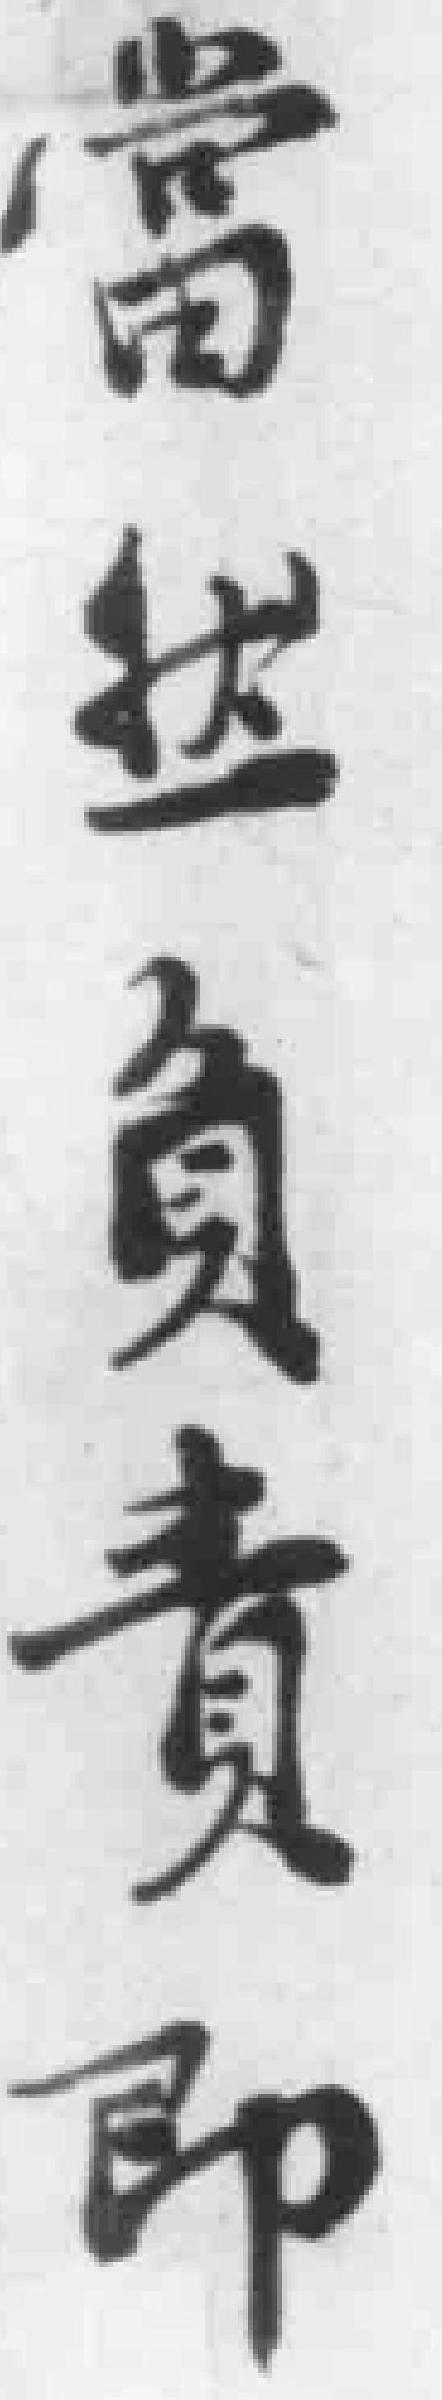
當然負責即